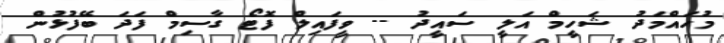
މުހައްމަދު ޝަހީމް އަލީ ސައީދު -- ވީފައިލް ފޮޓޯ ގާސިމް ފަދަ ބޭފުޅުން